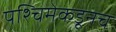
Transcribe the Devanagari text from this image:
पश्चिमेकडूनच